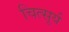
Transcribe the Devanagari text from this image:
चित्सूर्य